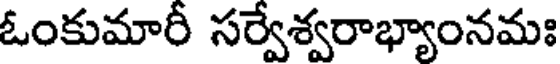
ఓంకుమారీ సర్వేశ్వరాభ్యాంనమః